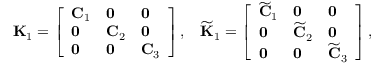
\mathbf { K } _ { 1 } = \left[ \begin{array} { l l l } { \mathbf { C } _ { 1 } } & { \mathbf { 0 } } & { \mathbf { 0 } } \\ { \mathbf { 0 } } & { \mathbf { C } _ { 2 } } & { \mathbf { 0 } } \\ { \mathbf { 0 } } & { \mathbf { 0 } } & { \mathbf { C } _ { 3 } } \end{array} \right] , \; \; \; \widetilde { \mathbf { K } } _ { 1 } = \left[ \begin{array} { l l l } { \widetilde { \mathbf { C } } _ { 1 } } & { \mathbf { 0 } } & { \mathbf { 0 } } \\ { \mathbf { 0 } } & { \widetilde { \mathbf { C } } _ { 2 } } & { \mathbf { 0 } } \\ { \mathbf { 0 } } & { \mathbf { 0 } } & { \widetilde { \mathbf { C } } _ { 3 } } \end{array} \right] ,